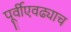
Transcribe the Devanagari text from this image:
पूर्वीएवढ्याच